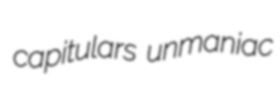
capitulars unmaniac